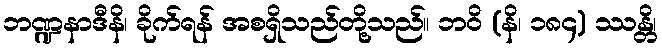
ဘဏ္ဍနာဒီနိ၊ ခိုက်ရန် အစရှိသည်တို့သည်။ ဘဝိ (နိ၊ ၁၈၄) ဿန္တိ၊